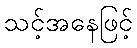
သင့်အနေဖြင့်